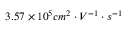
3 . 5 7 \times 1 0 ^ { 5 } c m ^ { 2 } \cdot V ^ { - 1 } \cdot s ^ { - 1 }